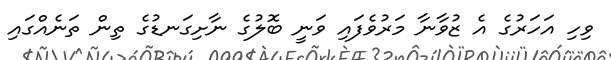
ވިހި އަހަރުގެ އެ ޒުވާނާ މަރުވެފައި ވަނީ ބޮލުގެ ނާށިގަނޑުގެ ތިން ތަނެއްގައި